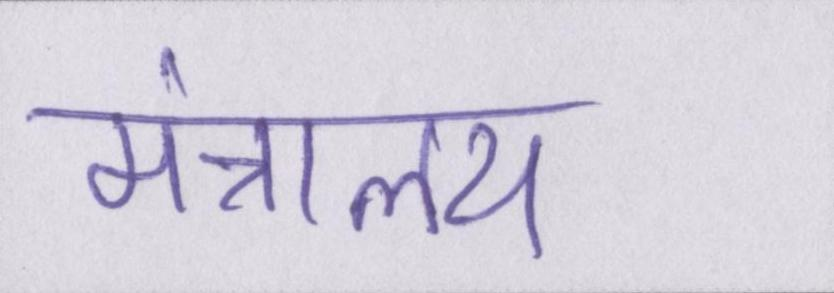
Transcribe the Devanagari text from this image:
मंत्रालय